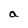
Character: a